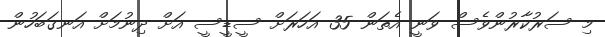
މި ސަރުކާރުންވެސް ވަނީ އެތަން 35 އަހަރަށް ސީޑީސީ އަށް ދިނުމަށް އަނގަބަހުން